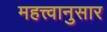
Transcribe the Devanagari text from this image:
महत्त्वानुसार